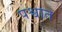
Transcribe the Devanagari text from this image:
पश्वात